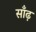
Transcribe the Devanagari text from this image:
साँढ़